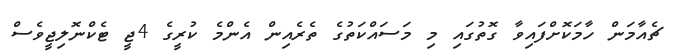
ޗެއާމަން ހާމަކޮށްފައިވާ ގޮތުގައި މި މަސައްކަތުގެ ތެރެއިން އެންމެ ކުރީގެ 4ޖީ ޓެކްނޮލިޖީވެސް